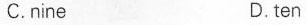
C.nine D.ten